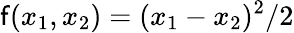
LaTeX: \mathsf{f}(x_{1},x_{2})=(x_{1}-x_{2})^{2}/2